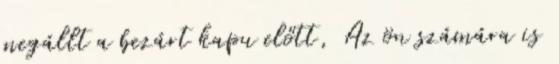
megállt a bezárt kapu előtt, Az ön számára is